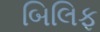
બિલિફ